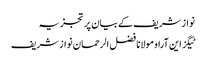
نواز شریف کے بیان پر تجزیہ
ٹیگز این آراو مولانا فضل الرحمان نواز شریف